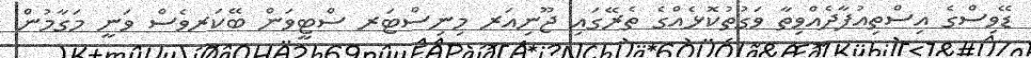
ޑޭވިސްގެ އިސްތިއުފާދެއްވިތާ ވަގުތުކޮޅެއްގެ ތެރޭގައި ޖޫނިއަރ މިނިސްޓަރ ސްޓީވަން ބޭކަރވެސް ވަނީ މަގާމުން